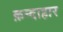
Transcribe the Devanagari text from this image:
क़न्दाहार